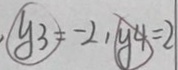
y _ { 3 } = - 2 , y _ { 4 } = 2